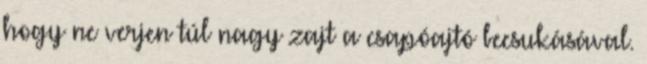
hogy ne verjen túl nagy zajt a csapóajtó becsukásával.